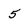
Character: 5